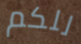
للكم